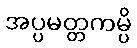
အပ္ပမတ္တကမ္ပိ